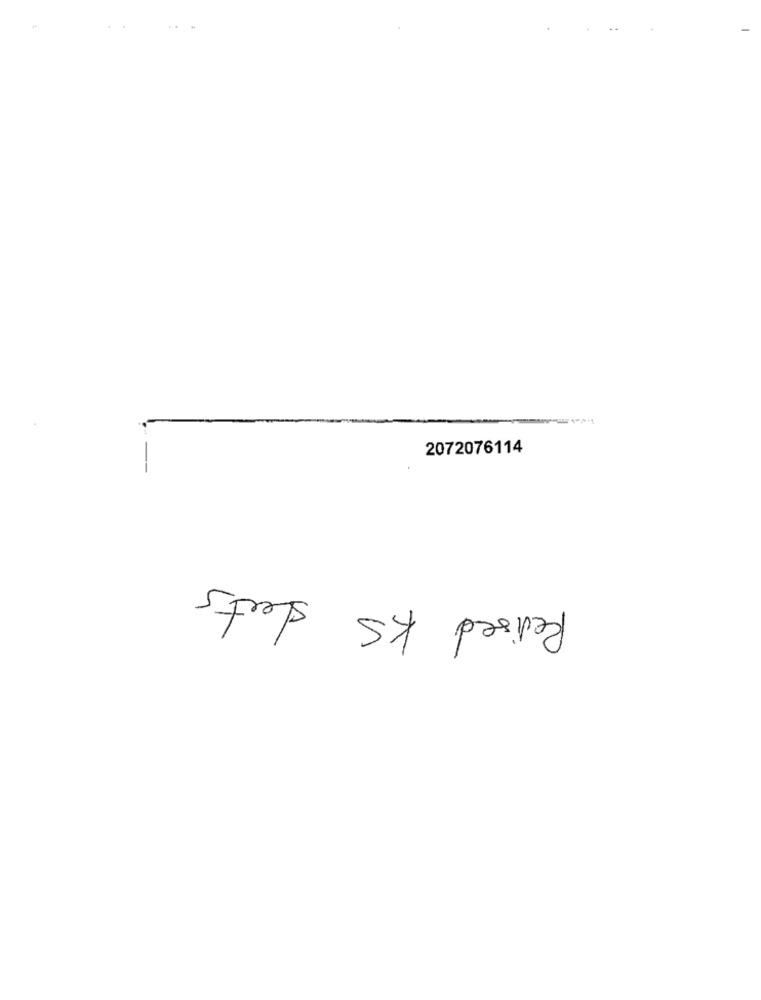
2072076114
Revised KS sheets